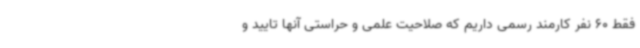
فقط 60 نفر کارمند رسمی داریم که صلاحیت علمی و حراستی آنها تایید و